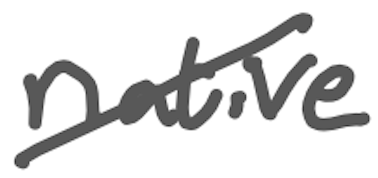
Text: native
Cross-out: diagonal
Writing tool: digital_gray